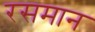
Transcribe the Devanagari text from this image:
रसमान